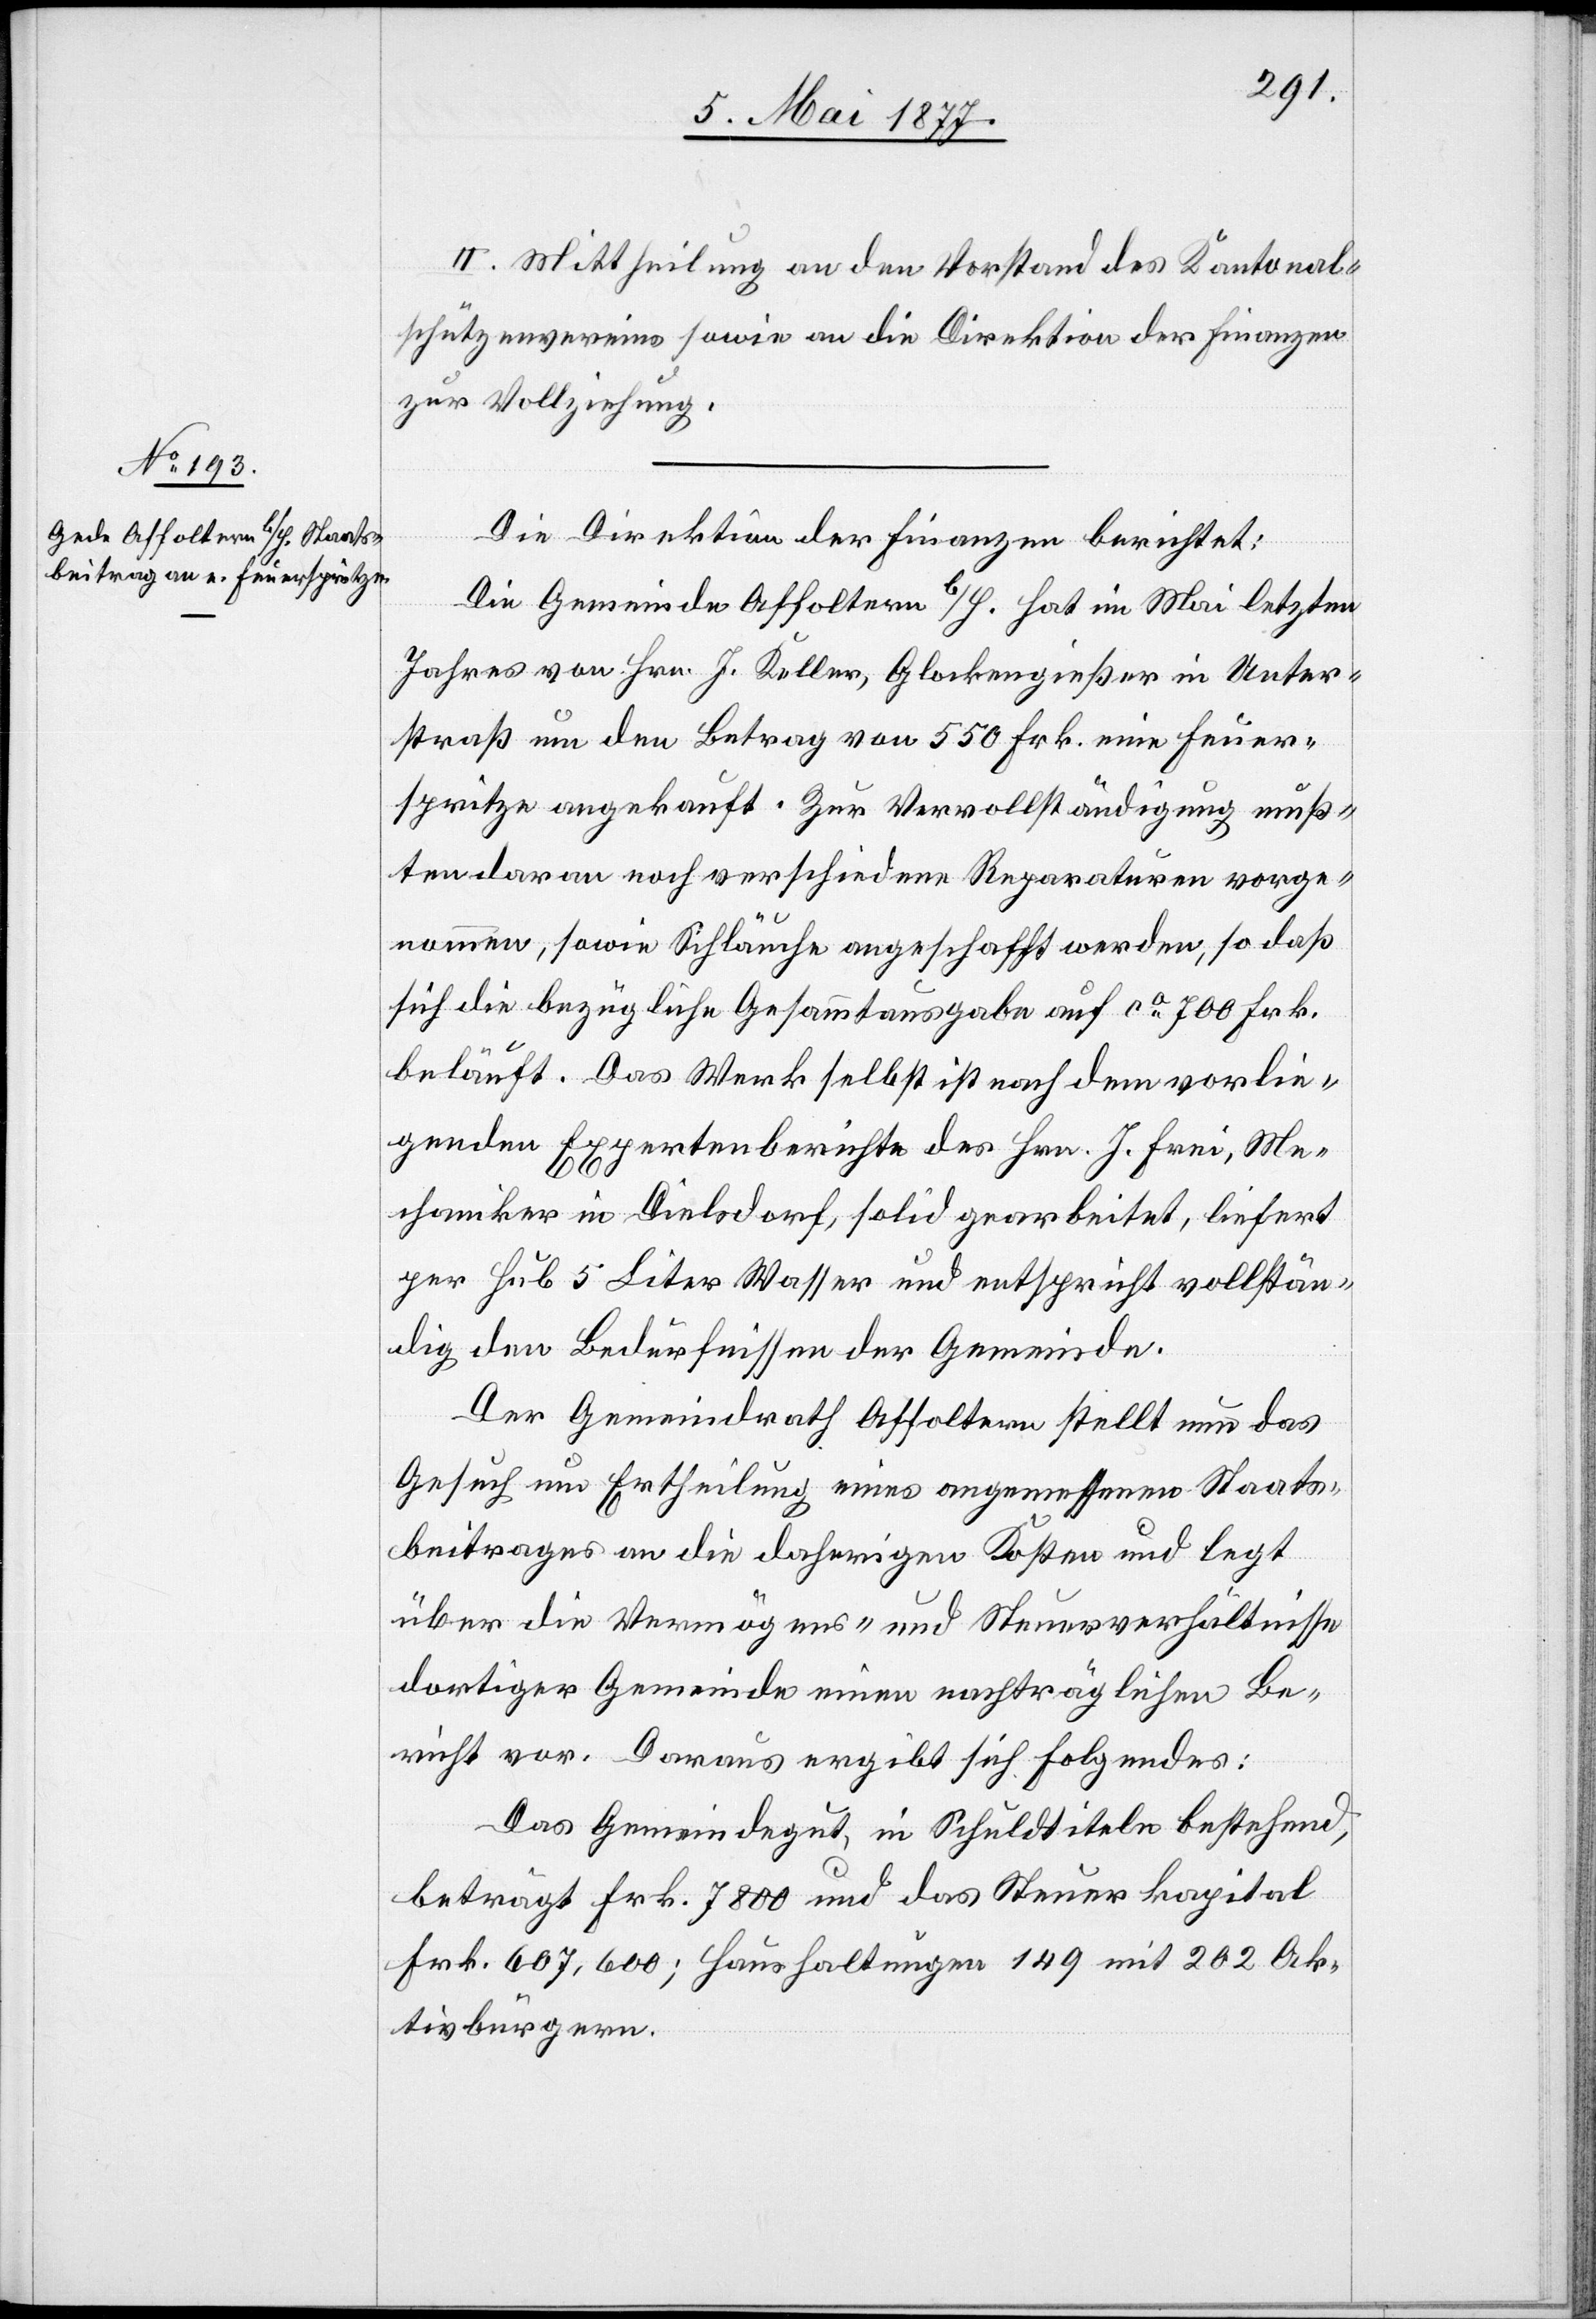
II. Mittheilung an den Vorstand des Kantonal¬
schützenvereins sowie an die Direktion der Finanzen
zur Vollziehung.
Die Direktion der Finanzen berichtet:
Die Gemeinde Affoltern b/H. hat im Mai letzten
Jahres von Hrn. J. Keller, Glockengießer in Unter¬
straß um den Betrag von 550 Frk. eine Feuer¬
spritze angekauft. Zur Vervollständigung muß¬
ten daran noch verschiedene Reparaturen vorge¬
nommen, sowie Schläuche angeschafft werden, so daß
sich die bezügliche Gesammtausgabe auf ca 700 Frk.
beläuft. Das Werk selbst ist nach dem vorlie¬
genden Expertenberichte des Hrn. J. Frei, Me¬
chaniker in Dielsdorf, solid gearbeitet, liefert
per Hub 5 Liter Wasser und entspricht vollstän¬
dig den Bedürfnissen der Gemeinde.
Der Gemeindrath Affoltern stellt nun das
Gesuch um Ertheilung eines angemessenen Staats¬
beitrages an die daherigen Kosten und legt
über die Vermögens- und Steuerverhältnisse
dortiger Gemeinde einen nachträglichen Be¬
richt vor. Daraus ergibt sich Folgendes:
Das Gemeindegut, in Schuldtiteln bestehend,
beträgt Frk. 7800 und das Steuerkapital
Frk. 607,600; Haushaltungen 149 mit 202 Ak¬
tivbürgern.